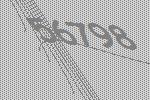
56798